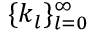
\{ k _ { l } \} _ { l = 0 } ^ { \infty }